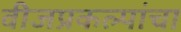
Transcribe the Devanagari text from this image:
वीजप्रकल्पांचा